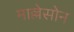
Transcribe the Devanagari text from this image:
माल्लेसोन